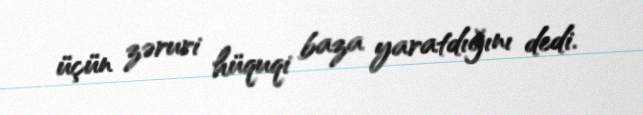
üçün zəruri hüquqi baza yaratdığını dedi.